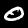
Label: 0